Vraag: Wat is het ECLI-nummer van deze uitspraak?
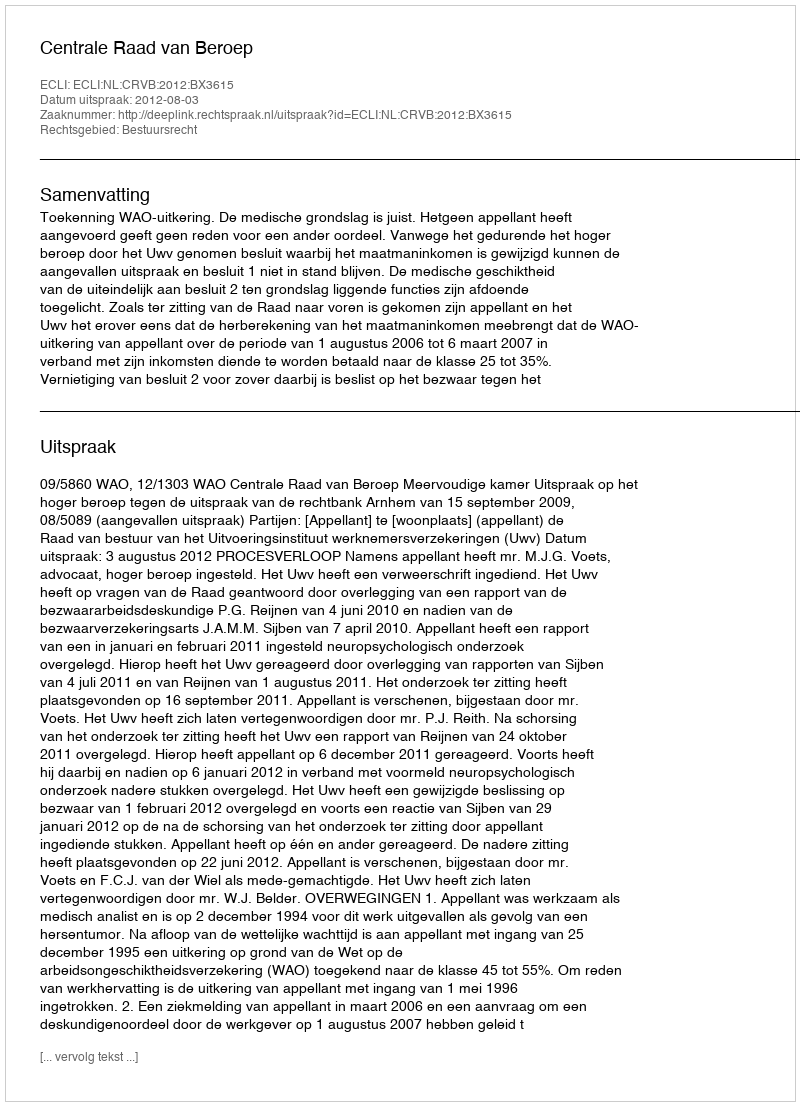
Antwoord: ECLI:NL:CRVB:2012:BX3615